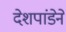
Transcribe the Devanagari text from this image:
देशपांडेने